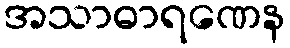
အသာဓာရဏေန